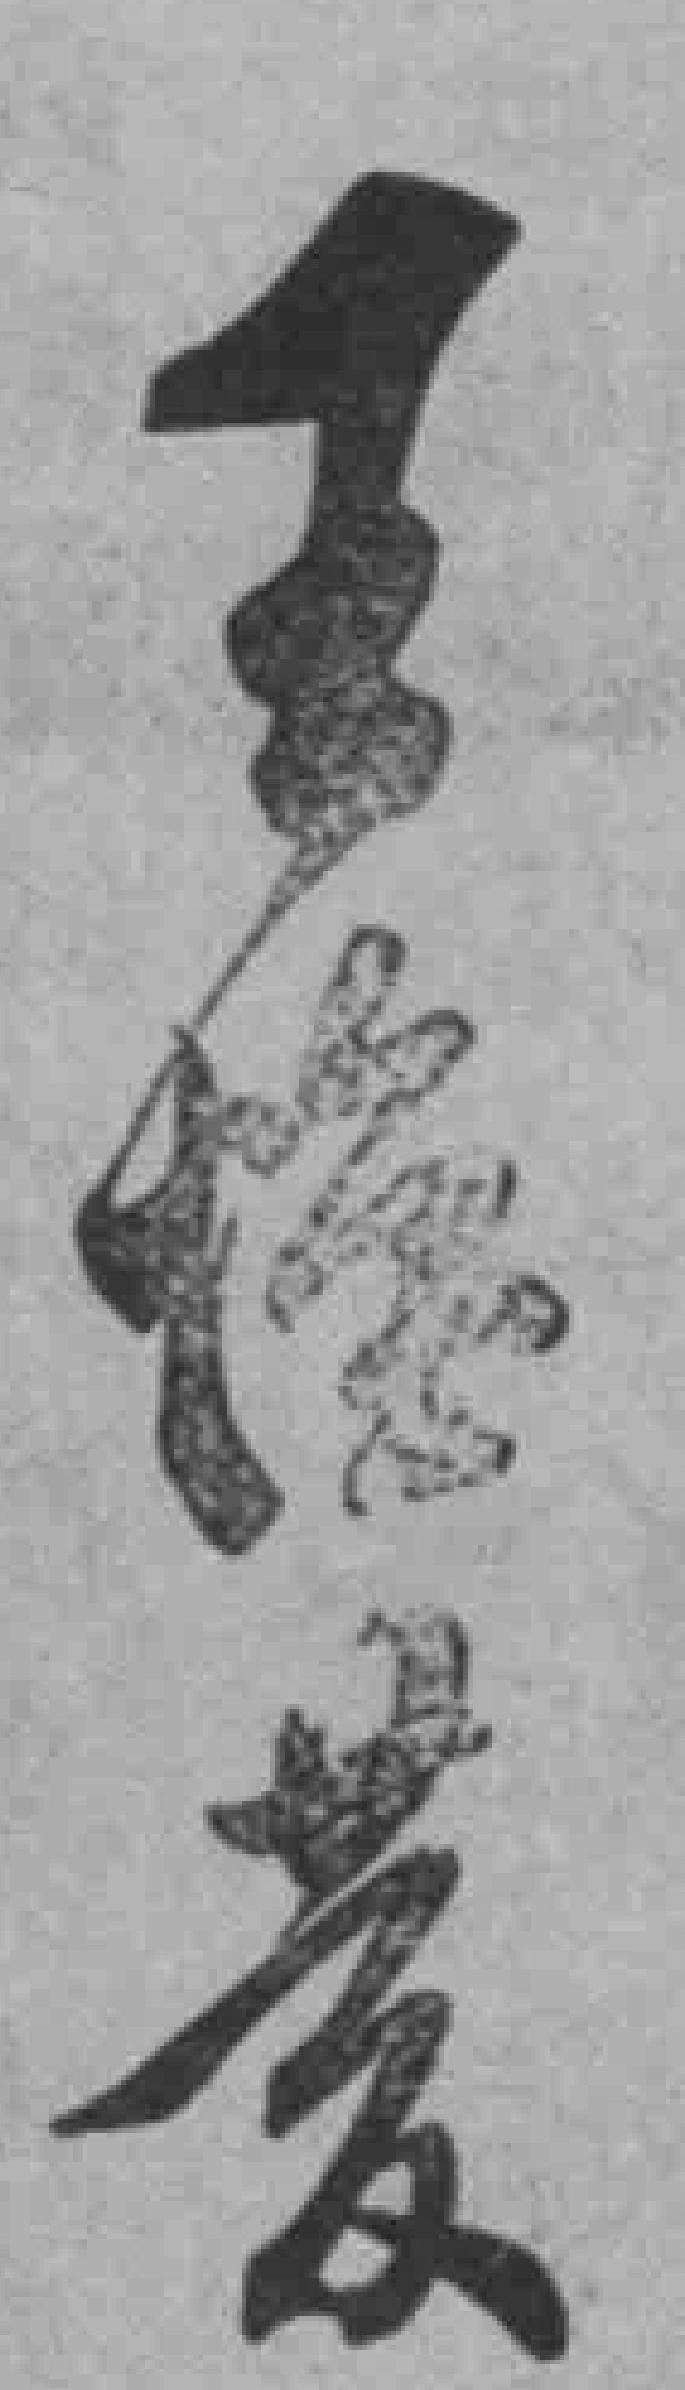
王*